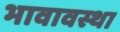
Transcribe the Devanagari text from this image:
भावावस्था